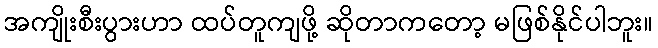
အကျိုးစီးပွားဟာ ထပ်တူကျဖို့ ဆိုတာကတော့ မဖြစ်နိုင်ပါဘူး။